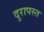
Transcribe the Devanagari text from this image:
दुरापस्त